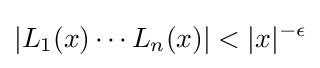
|L_{1}(x)\cdots L_{n}(x)|<|x|^{-\epsilon }